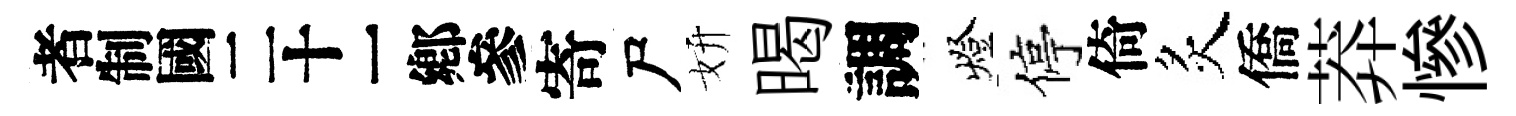
识寄尸妍暍調燈停倚炙僑莽慘